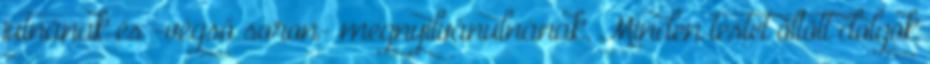
jutnának és -végső soron- megnyilvánulnának. Minden testet öltött dolgok